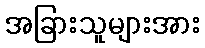
အခြားသူများအား